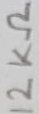
Text: 12KΩ